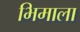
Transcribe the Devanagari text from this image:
भिमाला